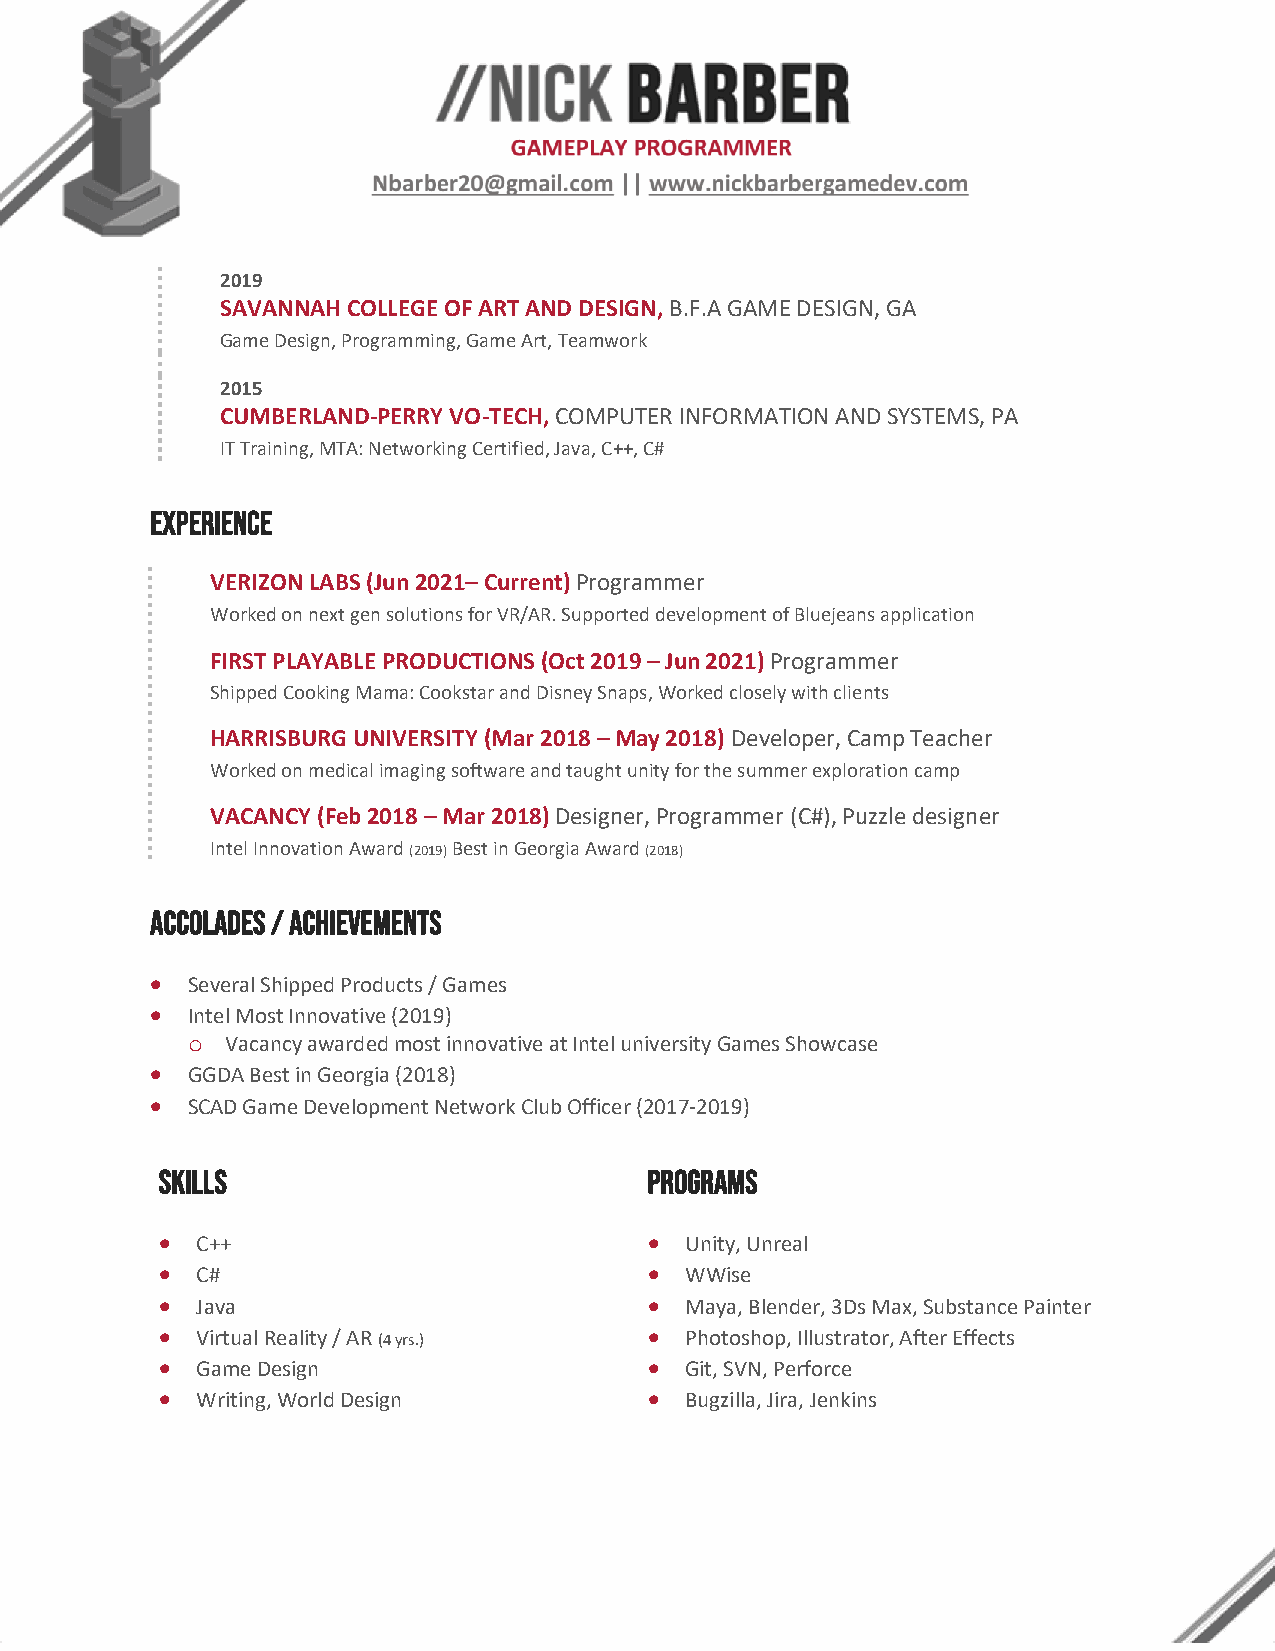
2019
 SAVANNAH COLLEGE OF ART AND DESIGN, B.F.A GAME DESIGN, GA
 Game Design, Programming, Game Art, Teamwork
 2015
 CUMBERLAND-PERRY VO-TECH, COMPUTER INFORMATION AND SYSTEMS, PA
 IT Training, MTA: Networking Certified, Java, C++, C#
 EXPERIENCE
 VERIZON LABS (Jun 2021– Current) Programmer
 Worked on next gen solutions for VR/AR. Supported development of Bluejeans application
 FIRST PLAYABLE PRODUCTIONS (Oct 2019 – Jun 2021) Programmer
 Shipped Cooking Mama: Cookstar and Disney Snaps, Worked closely with clients
 HARRISBURG UNIVERSITY (Mar 2018 – May 2018) Developer, Camp Teacher
 Worked on medical imaging software and taught unity for the summer exploration camp
 VACANCY (Feb 2018 – Mar 2018) Designer, Programmer (C#), Puzzle designer
 Intel Innovation Award (2019) Best in Georgia Award (2018)
 ACCOLADES / ACHIEVEMENTS
 • Several Shipped Products / Games
 • Intel Most Innovative (2019)
 o  Vacancy awarded most innovative at Intel university Games Showcase
 • GGDA Best in Georgia (2018)
 • SCAD Game Development Network Club Officer (2017-2019)
 SKILLS                          PROGRAMS
 • C++                           • Unity, Unreal
 • C#                            • WWise
 • Java                          • Maya, Blender, 3Ds Max, Substance Painter
 • Virtual Reality / AR (4 yrs.) • Photoshop, Illustrator, After Effects
 • Game Design                   • Git, SVN, Perforce
 • Writing, World Design         • Bugzilla, Jira, Jenkins